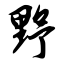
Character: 野